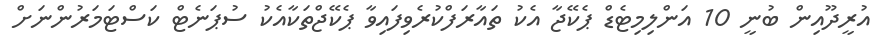
އުރީދޫއިން ބުނީ 10 އަންލިމިޓެޑް ޕެކޭޖާ އެކު ތައާރަފްކުރެވިފައިވާ ޕެކޭޖްތަކާއެކު ސުޕަނެޓް ކަސްޓަމަރުންނަށް